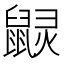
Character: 𪕠